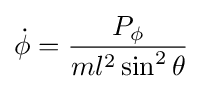
{\dot {\phi }}={P_{\phi } \over ml^{2}\sin ^{2}\theta }